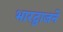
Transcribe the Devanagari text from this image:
भारद्वाजने